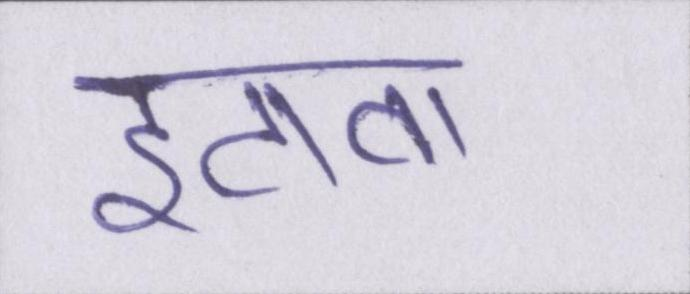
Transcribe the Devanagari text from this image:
इटावा